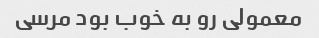
معمولی رو به خوب بود مرسی